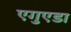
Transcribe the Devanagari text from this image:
एगुएडा